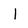
Character: 1